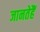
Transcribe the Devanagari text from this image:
जानतेहैं